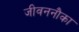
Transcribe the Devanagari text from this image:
जीवननौका